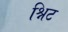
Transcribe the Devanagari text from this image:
श्निट